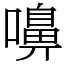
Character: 嚊